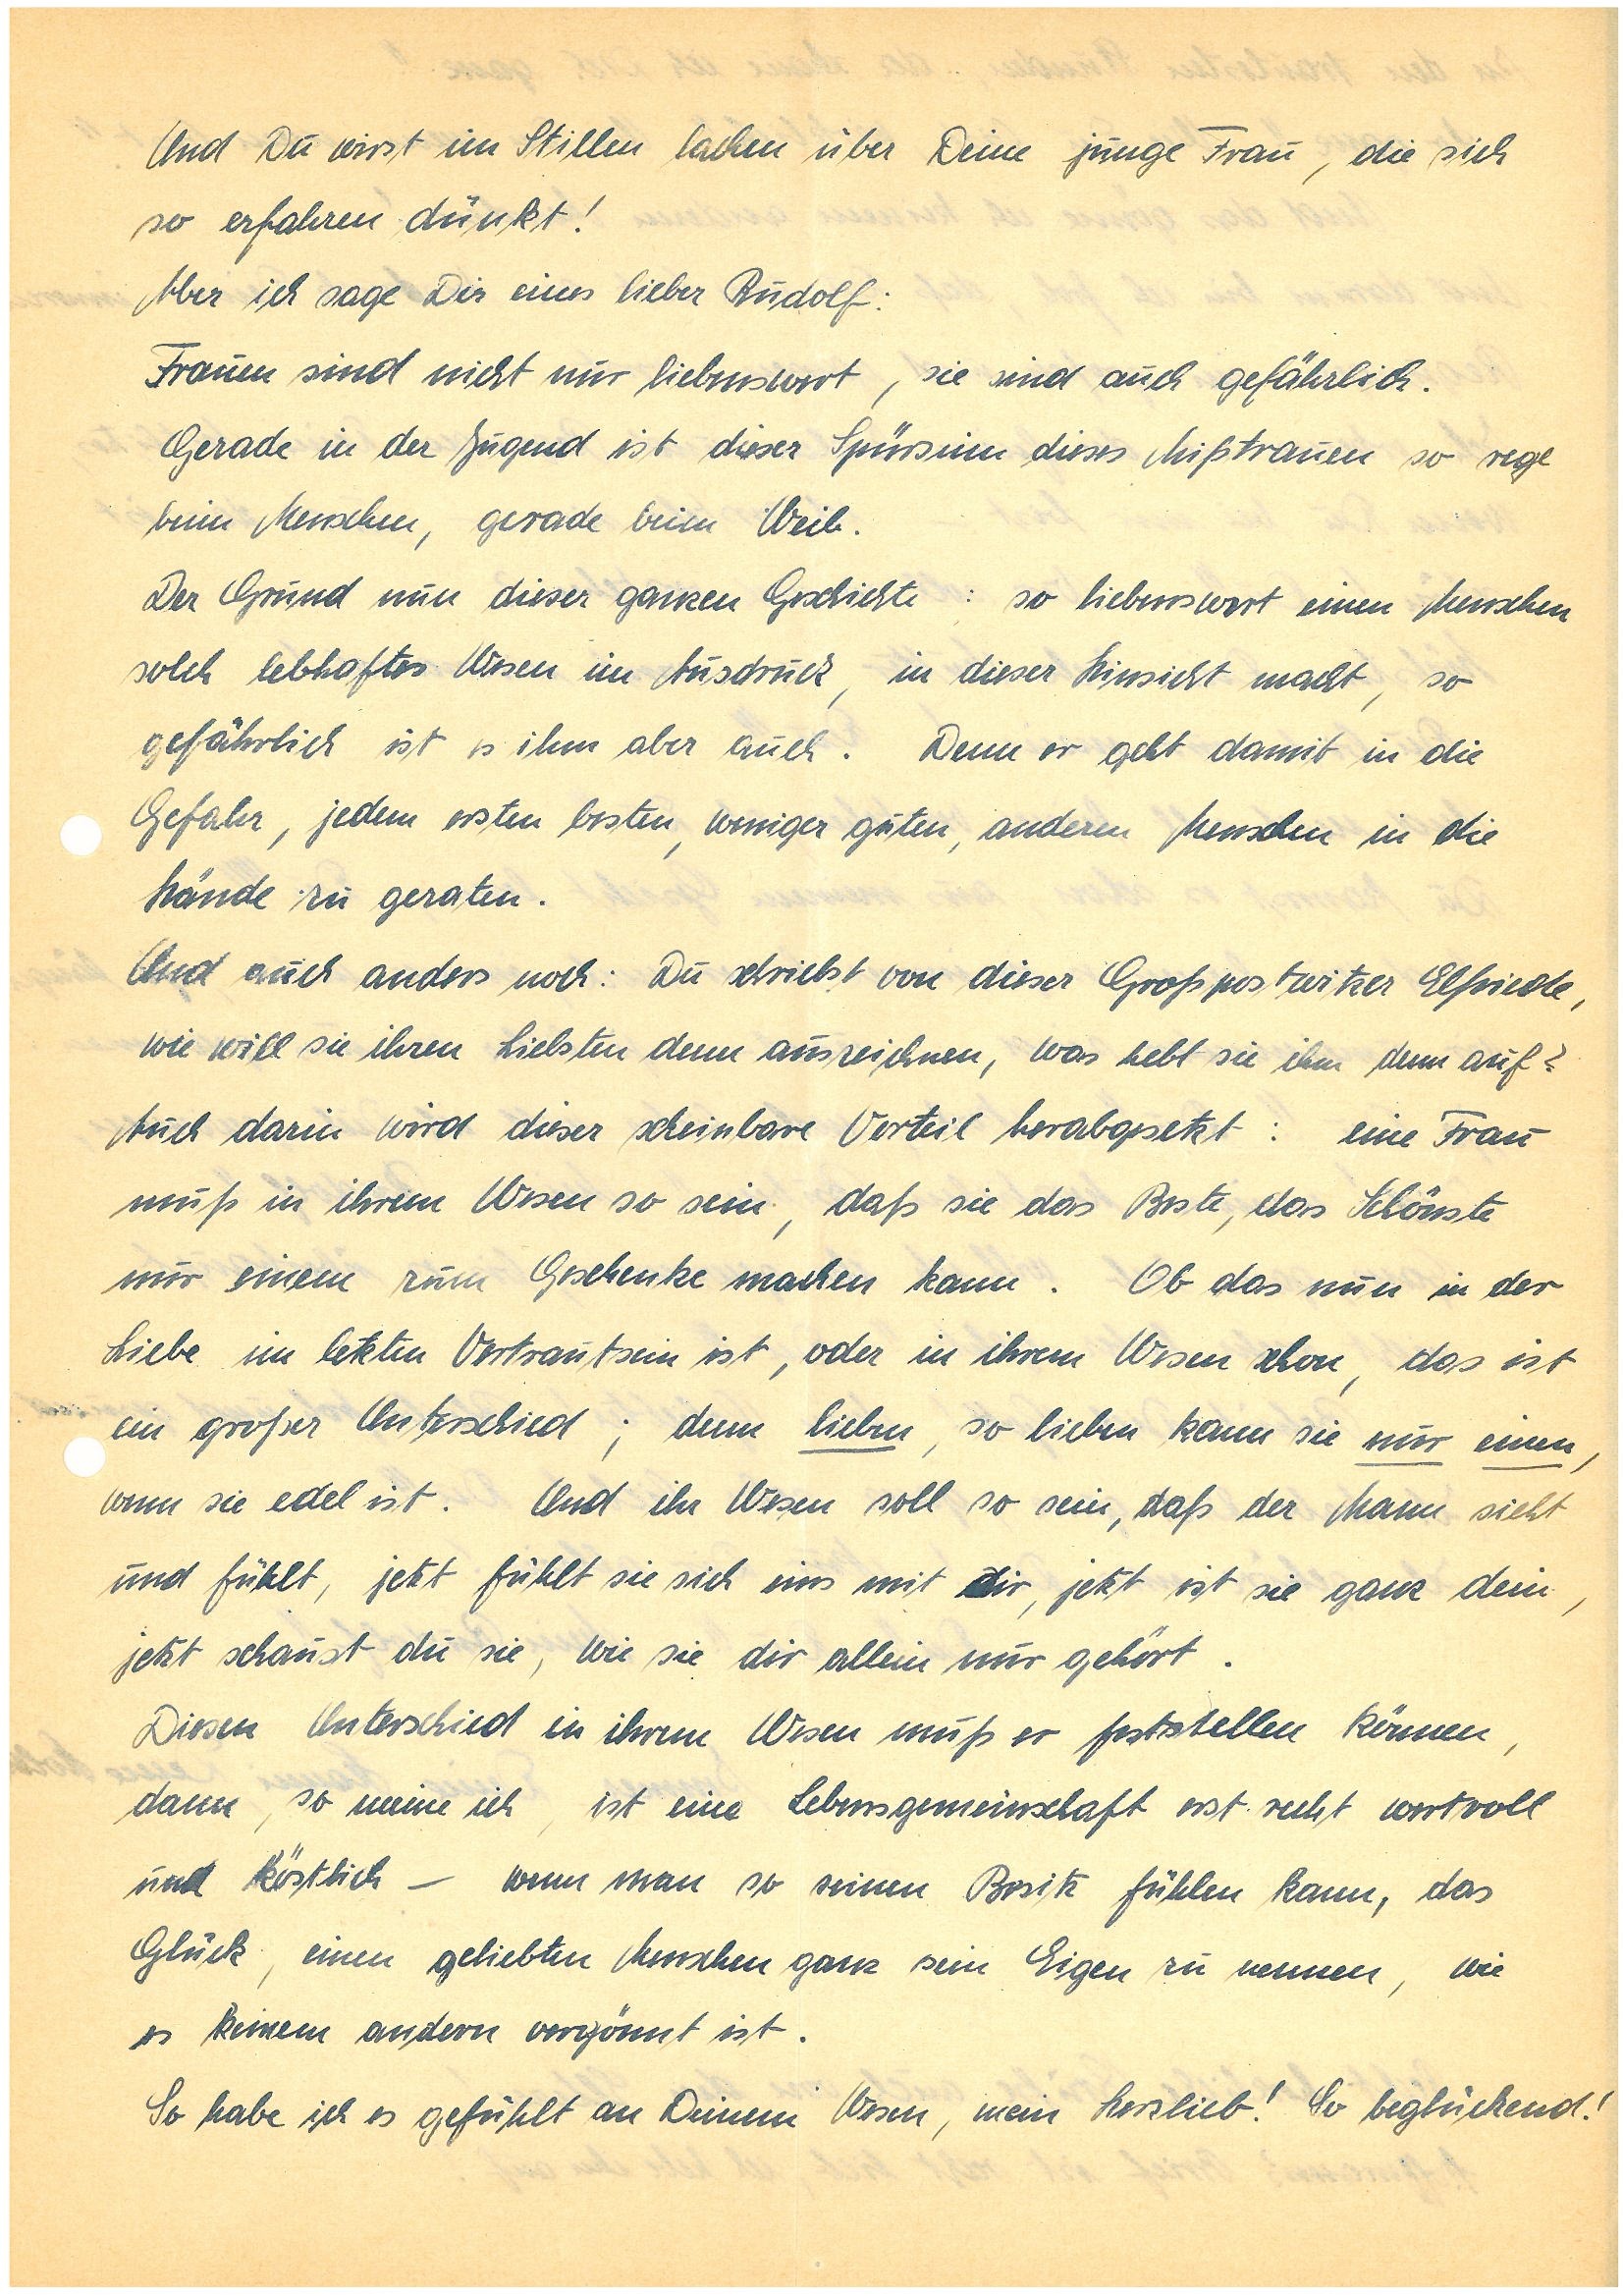
Und Du wirst im Stillen lachen über Deine junge Frau, die sich
so erfahren dünkt!
Aber ich sage Dir eines lieber :
Frauen sind nicht nur liebenswert, sie sind auch gefährlich.
Gerade in der Jugend ist dieser Spürsinn dieses Mißtrauen so rege
beim Menschen, gerade beim Weib.
Der Grund nun dieser ganzen Geschichte: so liebenswert einen Menschen
solch lebhaftes Wesen im Ausdruck, in dieser Hinsicht macht, so
gefährlich ist es ihm aber auch. Denn er geht damit in die
Gefahr, jedem ersten besten, weniger guten, anderen Menschen in die
Hände zu geraten.
Und auch anders noch: Du schreibst von dieser G.E.,
wie will sie ihren Liebsten denn auszeichnen, was hebt sie ihm denn auf?
Auch darin wird dieser scheinbare Vorteil herabgesetzt: eine Frau
muß in ihrem Wesen so sein, daß sie das Beste, das Schönste
nur einem zum Geschenke machen kann. Ob das nun in der
Liebe im letzten Vertrautsein ist, oder in ihrem Wesen schon, das ist
ein großer Unterschied; denn lieben, so lieben kann sie nur einen,
wenn sie edel ist. Und ihr Wesen soll so sein, daß der Mann sieht
und fühlt, jetzt fühlt sie sich eins mit Dir, jetzt ist sie ganz dein,
jetzt schaust du sie, wie sie dir allein nur gehört.
Diesen Unterschied in ihrem Wesen muß er feststellen können,
dann, so meine ich, ist eine Lebensgemeinschaft erst recht wertvoll
und köstlich – wenn man so seinen Besitz fühlen kann, das
Glück, einem geliebten Menschen ganz sein Eigen zu nennen, wie
es keinem andern vergönnt ist.
So habe ich es gefühlt an Deinem Wesen, mein Herzlieb! So beglückend!